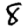
Digit: 8